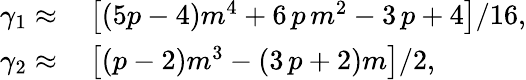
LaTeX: \begin{array}{rl}{\gamma_{1}\approx}&{{}\left[\left(5p-4\right)m^{4}+6\, p\, m^{2}-3\, p+4\right]/16,}\\ {\gamma_{2}\approx}&{{}\left[\left(p-2\right)m^{3}-\left(3\, p+2\right)m\right]/2,}\end{array}